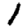
Digit: 1